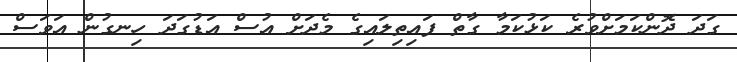
ގަދަ ދޮންކަމަށްވުރެ ކަޅުކަމާ ގާތް ފައިތިލައިގެ މެދަށް އުސް އަޑުގަދަ ހިނގުން އަވަސް